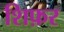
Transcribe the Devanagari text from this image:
शिफ़र